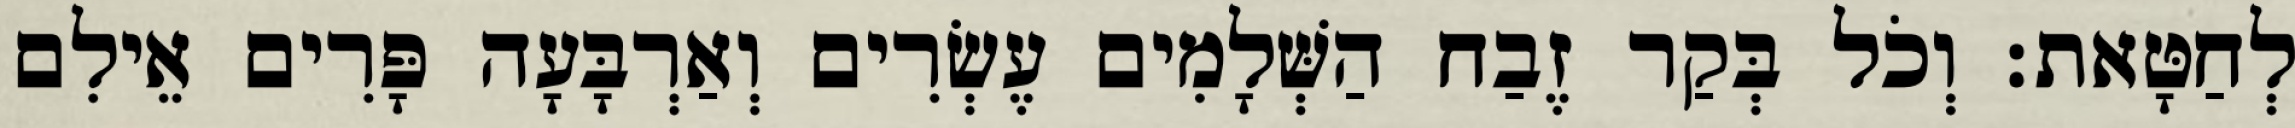
לְחַטָּאת׃ וְכֹל בְּקַר זֶבַח הַשְּׁלָמִים עֶשְׂרִים וְאַרְבָּעָה פָּרִים אֵילִם